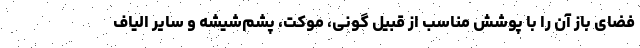
فضای باز آن را با پوشش مناسب از قبیل گونی، موکت، پشم‌شیشه و سایر الیاف